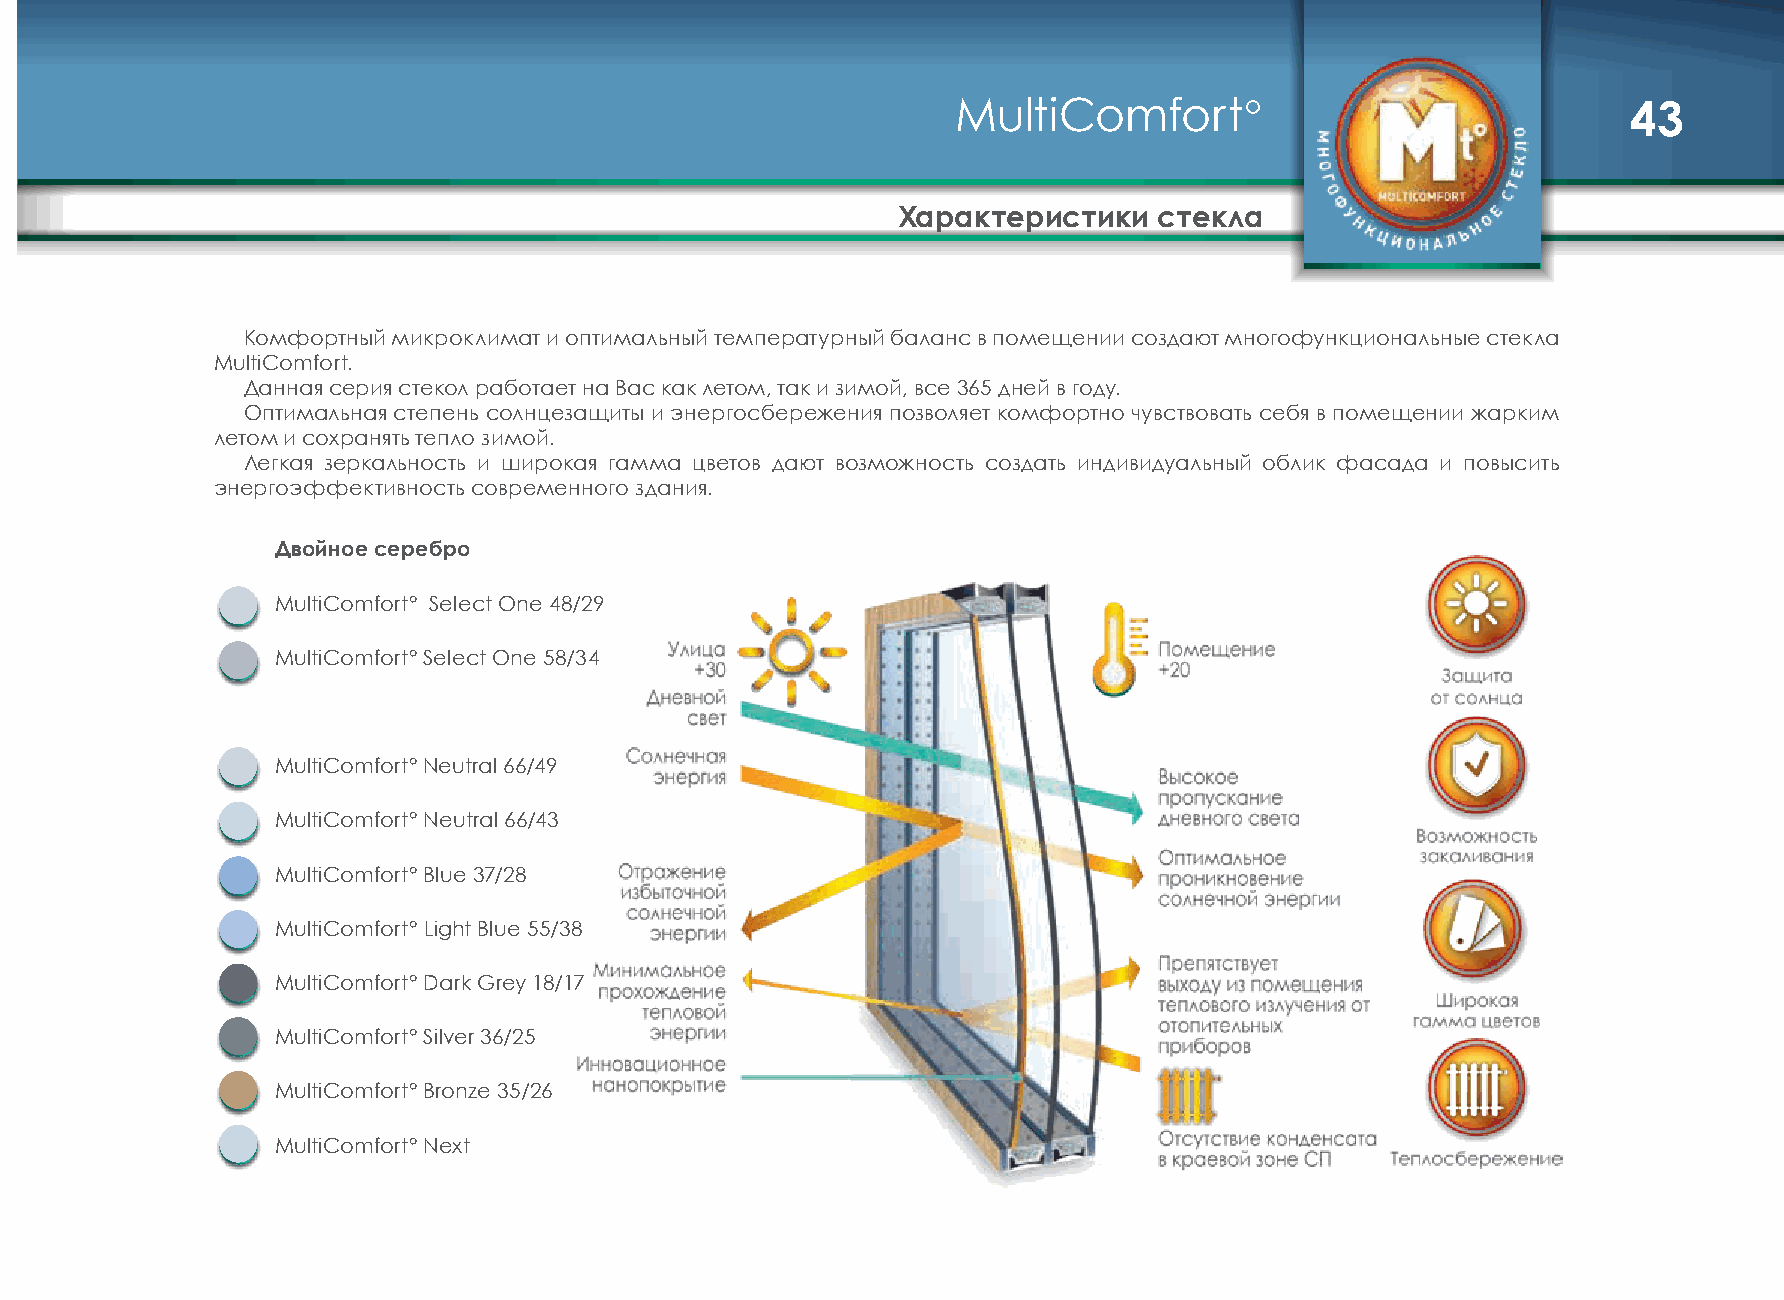
MultiComfort°                                43
 Характеристики    стекла
 Комфортный микроклимат и оптимальный температурный баланс в помещении создают многофункциональные стекла
 MultiComfort .
 Данная серия стекол работает на Вас как летом, так и зимой, все 365 дней в году .
 Оптимальная степень солнцезащиты и энергосбережения позволяет комфортно чувствовать себя в помещении жарким
 летом и сохранять тепло зимой .
 Легкая зеркальность и широкая гамма цветов дают возможность создать индивидуальный облик фасада и повысить
 энергоэффективность современного здания .
 Двойное серебро
 MultiComfort° Select One 48/29
 MultiComfort° Select One 58/34
 MultiComfort° Neutral 66/49
 MultiComfort° Neutral 66/43
 MultiComfort° Blue 37/28
 MultiComfort° Light Blue 55/38
 MultiComfort° Dark Grey 18/17
 MultiComfort° Silver 36/25
 MultiComfort° Bronze 35/26
 MultiComfort° Next